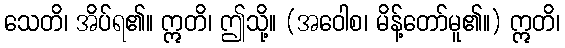
သေတိ၊ အိပ်ရ၏။ ဣတိ၊ ဤသို့။ (အဝေါစ၊ မိန့်တော်မူ၏။) ဣတိ၊